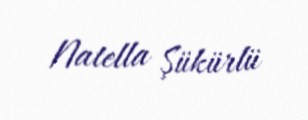
Natella Şükürlü